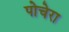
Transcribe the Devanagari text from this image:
पोचेरा